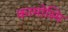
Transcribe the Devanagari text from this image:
कामोस्मि